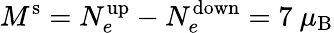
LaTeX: M^{\mathrm{s}}=N_{e}^{\mathrm{up}}-N_{e}^{\mathrm{down}}=7~\mu_{\mathrm{B}}